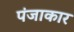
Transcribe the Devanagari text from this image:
पंजाकार